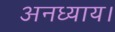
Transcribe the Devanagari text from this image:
अनध्याय।